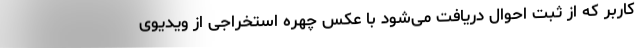
کاربر که از ثبت احوال دریافت می‌شود با عکس چهره استخراجی از ویدیوی